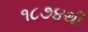
૧૮૭૪થી